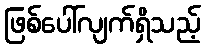
ဖြစ်ပေါ်လျက်ရှိသည့်